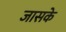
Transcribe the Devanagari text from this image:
जासके